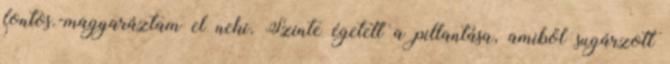
fontos.-magyaráztam el neki. Szinte égetett a pillantása, amiből sugárzott